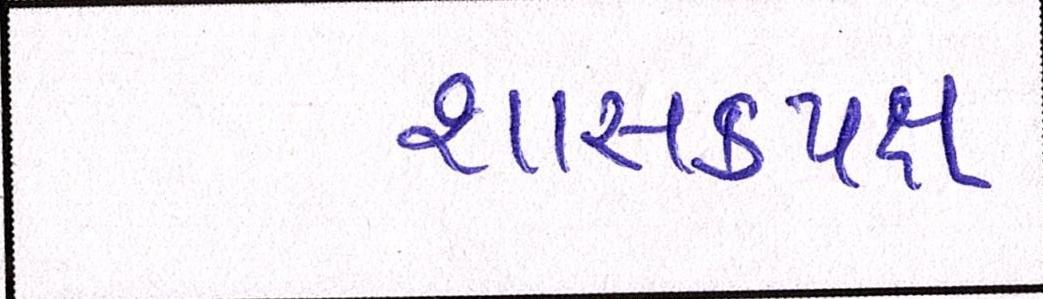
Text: શાસકપક્ષ